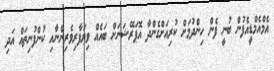
އެމްއެމްޑީއެފުން ބުނީ ފެން ހިންދުމަށް ކުރިއަށްގެންދާ އޮޕަރޭޝަނަށް ބައެއް ވިޔަފާރިވެރިންނާއި ކުންފުނިތައް އަދި